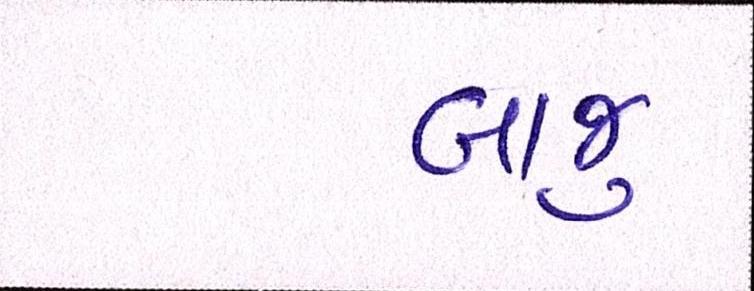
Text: બાજુ